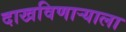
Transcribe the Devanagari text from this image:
दाखविणार्‍याला